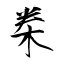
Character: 桊